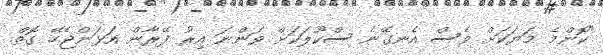
"ކޮންމެ މަޔަކަށް ވެސް އެނގޭނެ ސްކޫލަކަށް ވަންނަ އިރު ފޭރާން އަޅަންޖެހޭ ގޮތް.